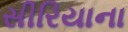
સીરિયાના